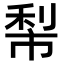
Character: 𥞿